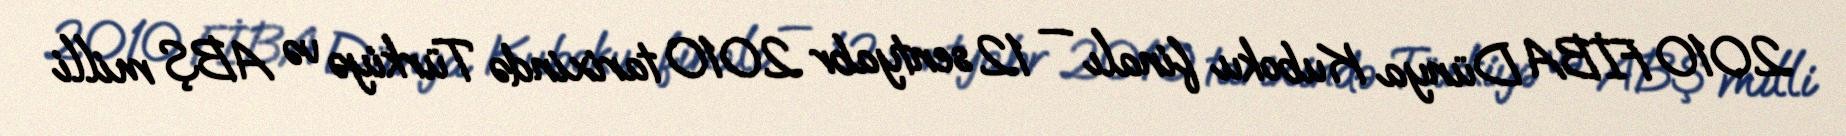
2010 FİBA Dünya Kuboku finalı — 12 sentyabr 2010 tarixində Türkiyə və ABŞ milli